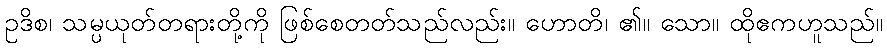
ဥဒိစ၊ သမ္ပယုတ်တရားတို့ကို ဖြစ်စေတတ်သည်လည်း။ ဟောတိ၊ ၏။ သော။ ထိုဧကဟူသည်။